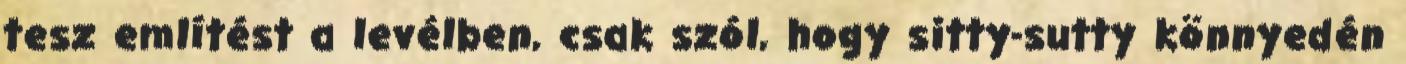
tesz említést a levélben, csak szól, hogy sitty-sutty könnyedén